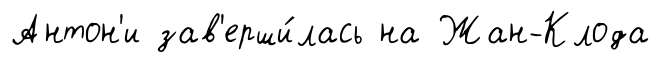
Антон'и зав'ерши́лась на Жан-Клода